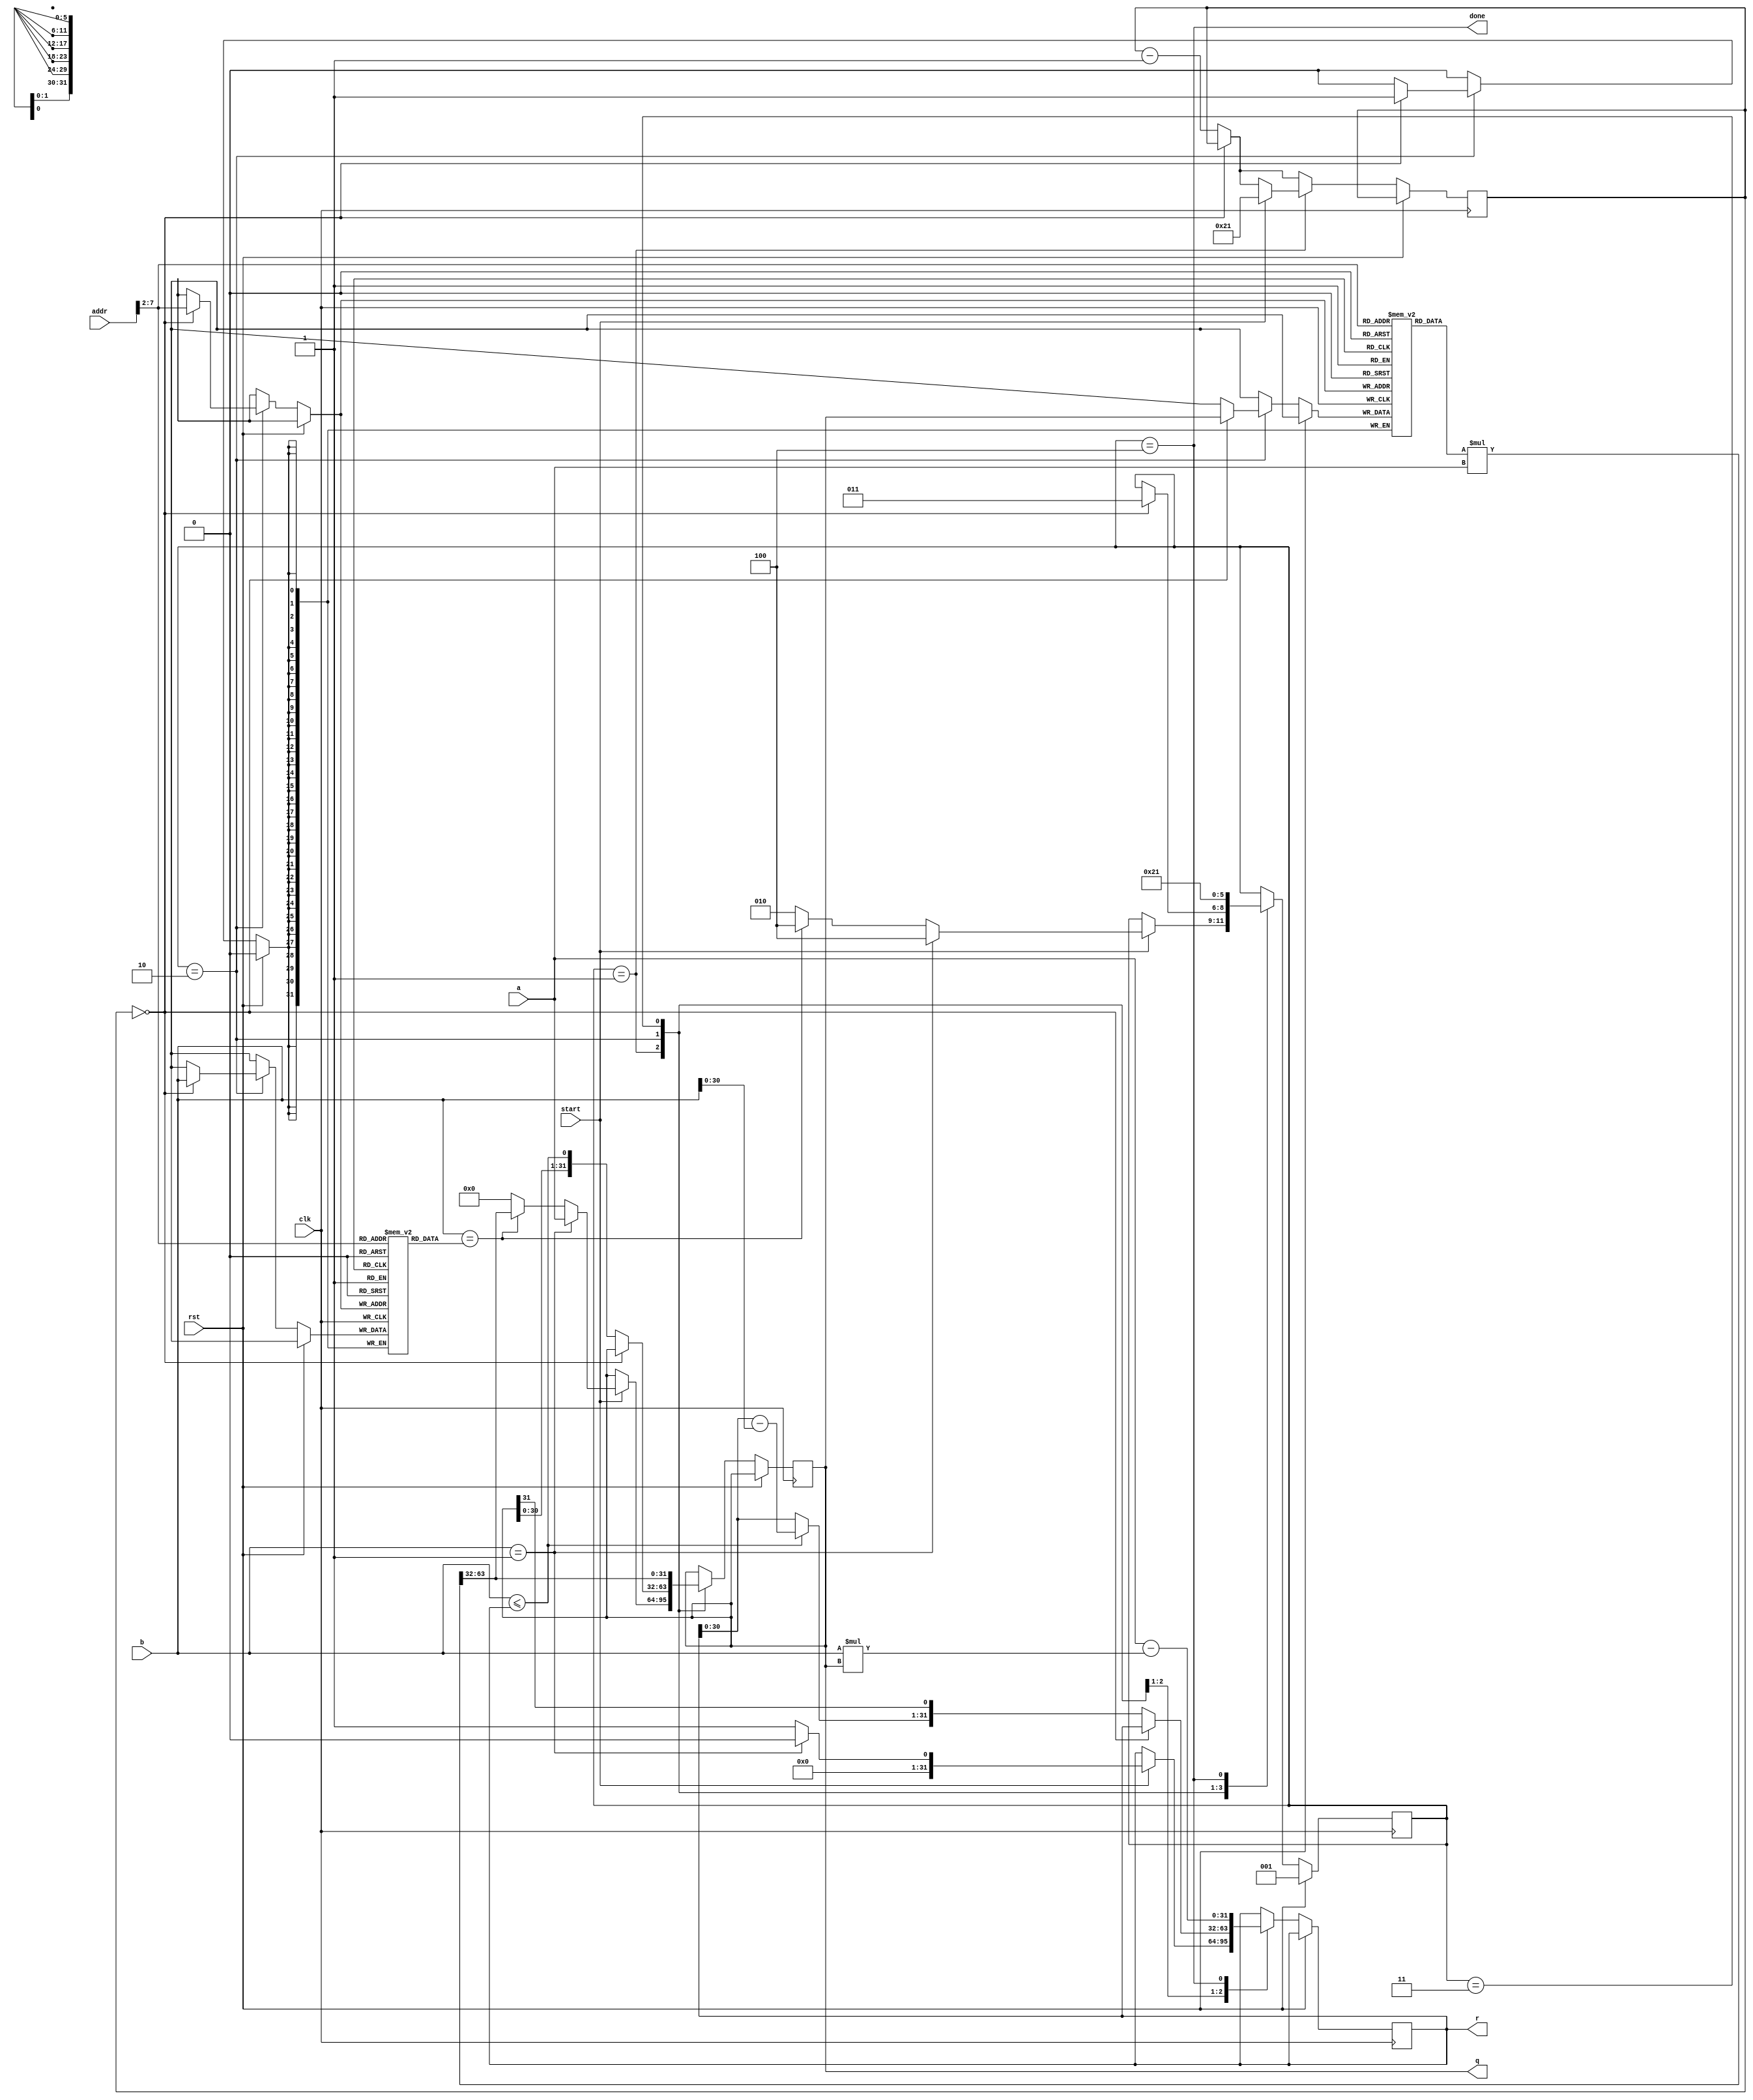
`timescale 1ns / 1ps
// ============================================================================
//        __
//   \\__/ o\    (C) 2012-2013  Robert Finch, Stratford
//    \  __ /    All rights reserved.
//     \/_//     robfinch<remove>@opencores.org
//       ||
//
// Cached Reciprocal Divider
// - Allows divides to be performed in three clock cycles by storing the
//   reciprocal of the divisor in a cache, then using a multiply for
//   subsequent divides.
//
// This source file is free software: you can redistribute it and/or modify 
// it under the terms of the GNU Lesser General Public License as published 
// by the Free Software Foundation, either version 3 of the License, or     
// (at your option) any later version.                                      
//                                                                          
// This source file is distributed in the hope that it will be useful,      
// but WITHOUT ANY WARRANTY; without even the implied warranty of           
// MERCHANTABILITY or FITNESS FOR A PARTICULAR PURPOSE.  See the            
// GNU General Public License for more details.                             
//                                                                          
// You should have received a copy of the GNU General Public License        
// along with this program.  If not, see <http://www.gnu.org/licenses/>.    
//
// ============================================================================
//
module cr_div(rst, clk, addr, start, a, b, q, r, done);
parameter IDLE = 3'd1;
parameter RECIP = 3'd2;
parameter RECIP1 = 3'd3;
parameter DONE = 3'd4;
input rst;
input clk;
input [31:0] addr;
input start;
input [31:0] a;
input [31:0] b;
output [31:0] q;
output [31:0] r;
output done;

reg [2:0] state;
reg [31:0] bcache [0:63];		// 'b' is the cache tag
reg [31:0] recip_cache [0:63];	// cache of reciprocals
wire [63:0] prod = recip_cache[addr[7:2]] * a;
reg [31:0] q,r;
reg [7:0] cnt;
wire cnt_done = cnt==8'd0;
assign done = state==DONE;

wire b0 = b <= r;
wire [31:0] r1 = b0 ? r - b : r;

always @(posedge clk)
if (rst) begin
	state <= IDLE;
end
else begin
if (!cnt_done)
	cnt <= cnt - 8'd1;
case(state)
IDLE:
	if (start) begin
		// Note: we are calculating the inverse as a fraction less than one, so
		// we start by placing the dividend directly into the remainder field
		// rather than the quotient field as for a normal divide. We can save
		// 32 clock cycles this way. We know there would just be 32 leading
		// zeros because the fraction is less than one.
		q <= 32'd0;
		r <= 32'd1;
		if (b==1) begin
			q <= a;
			r <= 0;
			state <= DONE;
		end
		// Here is what speeds things up, if we find the reciprocal cached, the
		// quotient is returned right away after a multiply.
		else if (b==bcache[addr[7:2]]) begin
			q <= prod[63:32];
			state <= DONE;
		end
		else
			state <= RECIP;
		cnt <= 8'd33;
	end
// This state computes the reciprocal and caches it if the reciprocal isn't in
// the cache already.
RECIP:
	if (!cnt_done) begin
		q <= {q[30:0],b0};
		r <= {r1,q[31]};
	end
	else begin
		bcache[addr[7:2]] <= b;
		recip_cache[addr[7:2]] <= q;
		state <= RECIP1;
	end
// State to compute the quotient using the newly cached reciprocal.
RECIP1:
	begin
		q <= prod[63:32];
		state <= DONE;
	end
// Compute the remainder. You may not want to since it's a resource hog - it
// takes an additional multiply and subtract. The remainder is often easily
// calculated by program code rather than hardware.
DONE:
	begin
	$display("==========================");
	$display("a=%d,b=%d",a,b);
	$display("q=%d,r=%d",q,a - b * q);
	$display("rc[%h]=%d",addr[7:2],recip_cache[addr[7:2]]);
	$display("==========================");
	r <= a - b * q;
	state <= IDLE;
	end
endcase
end

endmodule

module cr_div_tb();

reg rst;
reg clk;
reg start;
wire done;
wire [31:0] q,r;
reg [31:0] a,b;
reg [7:0] cnt;
reg [7:0] cycles;
reg [31:0] addr,oaddr;

initial begin
	clk = 1;
	rst = 0;
	#100 rst = 1;
	#100 rst = 0;
	#100 start = 1;
	#150 start = 0;
end

always #10 clk = ~clk;	//  50 MHz

cr_div u1
(
	.rst(rst),
	.clk(clk),
	.start(start),
	.addr(addr),
	.a(a),
	.b(b),
	.q(q),
	.r(r),
	.done(done)
);

always @(posedge clk)
if (rst) begin
addr <= 32'd0;
cycles <= 8'h0;
end
else begin
start <= 1'b0;
cycles <= cycles + 8'd1;
oaddr <= addr;
if (done)
	addr <= addr + 32'd4;
if (addr != oaddr) begin
	start <= 1'b1;
	cycles <= 8'h00;
end
case(addr)
10'h00:	begin a = 32'd10005; b = 32'd27; end
10'h04:	begin a = 32'd9999; b = 32'd21; end
10'h08:	begin a = 32'd9999; b = 32'd0; end
10'h0C:	begin a = 32'hFFFFFFFF; b = 32'd1; end
10'h10: begin a = 32'h36969; b = 27; end
10'h14:	begin a = 32'd0; b = 32'hFFFFFFFF; end
10'h18:	begin a = 32'd1; b = 32'hFFFFFFFF; end
10'h1C:	begin a = 32'hFFFFFFFF; b = 32'd2; end
10'h100:begin a = 32'd3721; b = 32'd27; end			// <- this one simulates a loop (hits the same cache address as h00
default:	begin a = 32'd999; b = 32'd99;  end
endcase
$display("addr=%h,a=%d,b=%d,q=%d,r=%d,done=%d,cycles=%d",addr,a,b,q,r,done,cycles);
end

endmodule